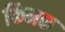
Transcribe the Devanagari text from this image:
किमक